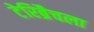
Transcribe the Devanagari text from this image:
टेरिब्रैचला